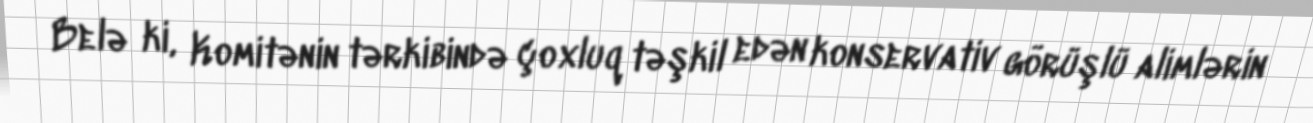
Belə ki, Komitənin tərkibində çoxluq təşkil edən konservativ görüşlü alimlərin